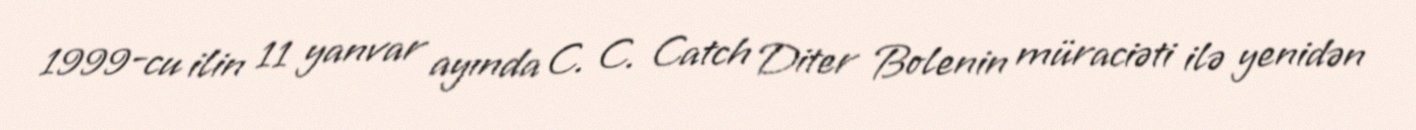
1999-cu ilin 11 yanvar ayında C. C. Catch Diter Bolenin müraciəti ilə yenidən